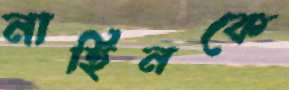
নাহিনকে